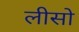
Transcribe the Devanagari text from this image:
लीसो